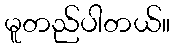
မူတည်ပါတယ်။